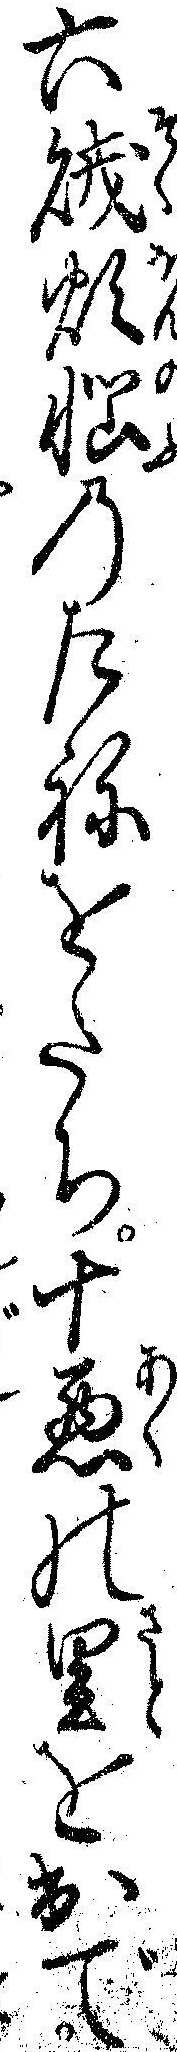
六賊煩悩のたねをたち十悪の里を出で